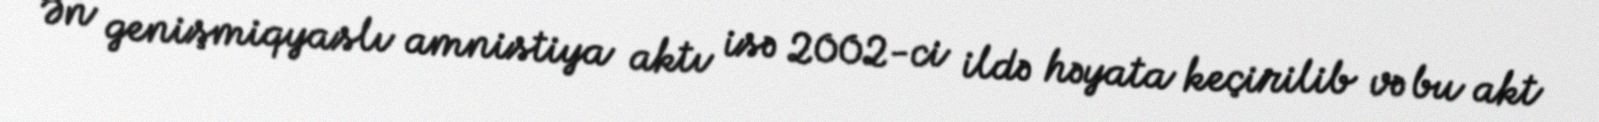
Ən genişmiqyaslı amnistiya aktı isə 2002-ci ildə həyata keçirilib və bu akt